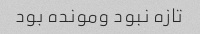
تازه نبود ومونده بود